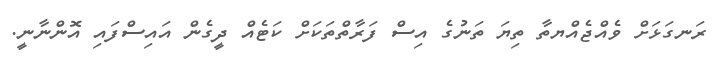
ރަނގަޅަށް ވެއްޖެއްޔތާ ތިޔަ ތަނުގެ އިސް ފަރާތްތަކަށް ކަޓެއް ދީގެން އައިސްފައި އޮންނާނީ.